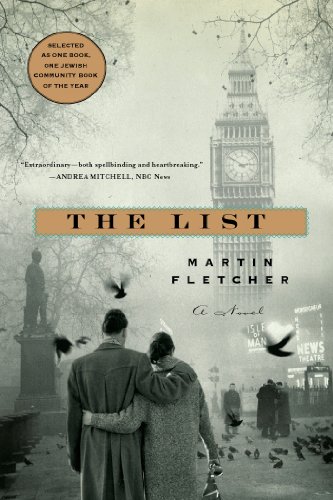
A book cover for The List: A Novel; Martin Fletcher; Literature & Fiction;